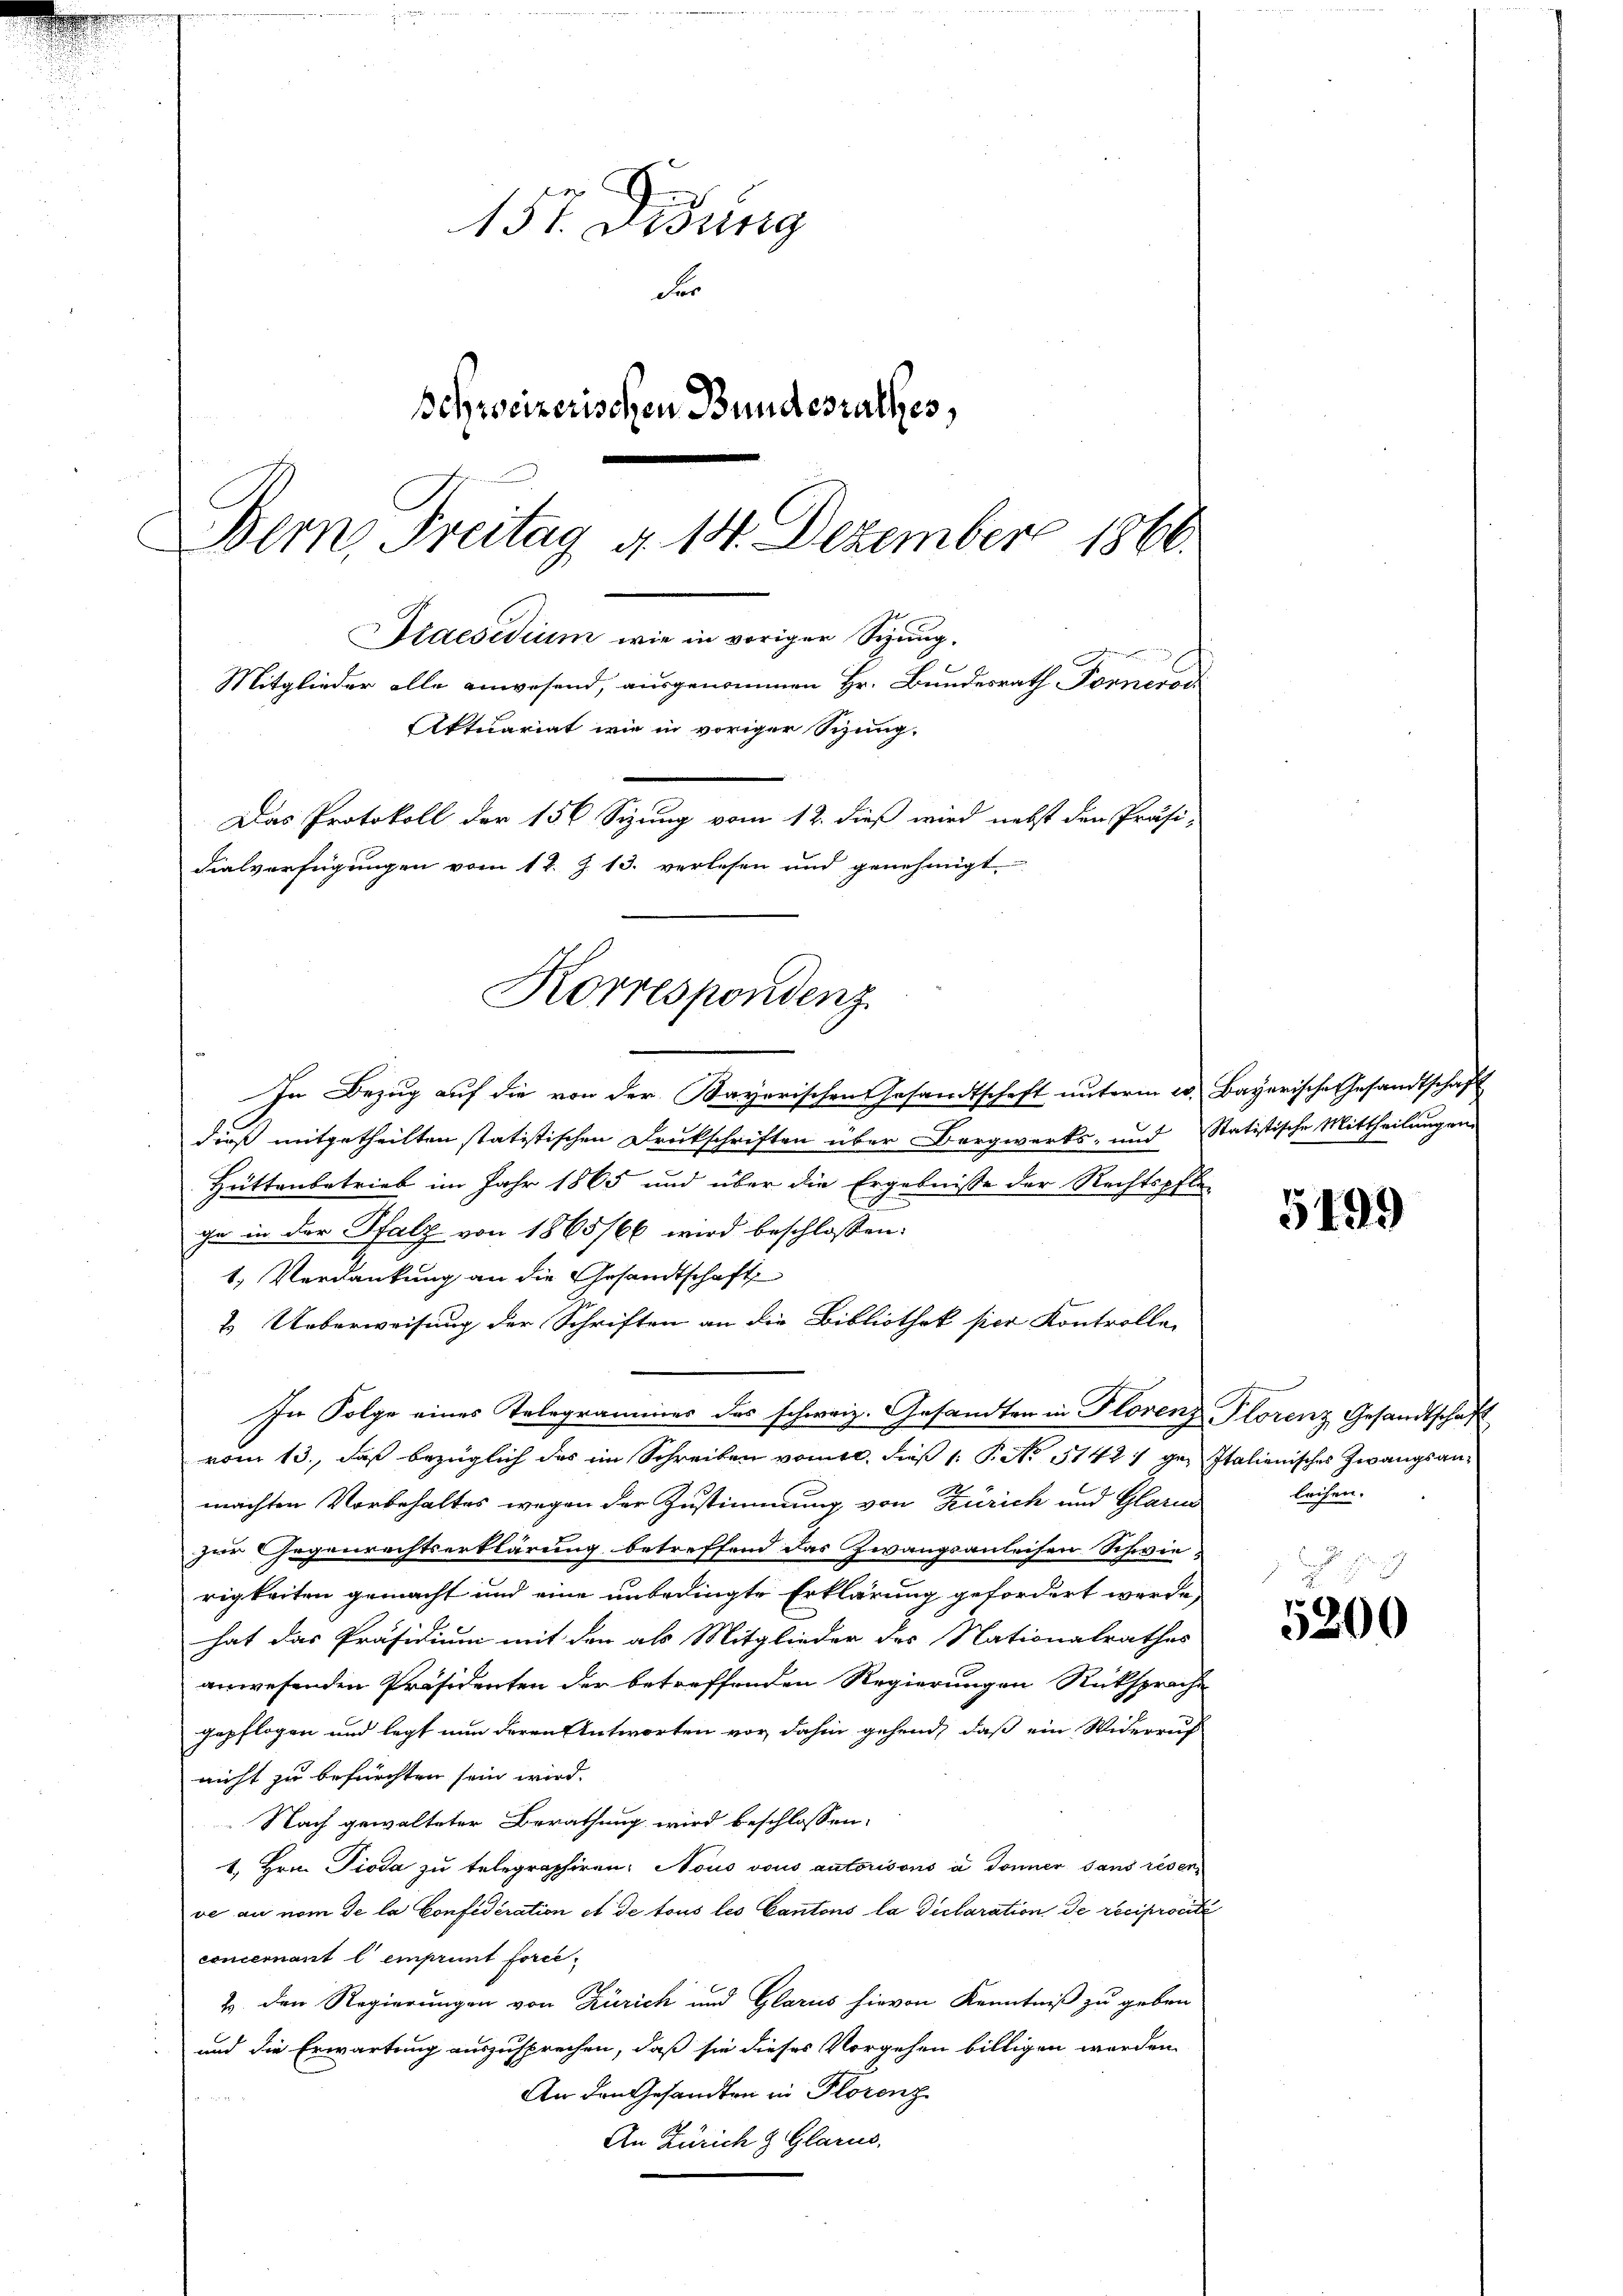
157. Didung
Fe
Schweizerischen Bundesrathes,
Bern Freitag d. 14. Dezember 1866.
Praesidium wie in voriger Sitzung.
Mitglieder alle anwesend, ausgenommen Hr. Bundesrath Forneren
Aktuariat wie in voriger Sizung.
Das Protokoll der 156 Sizung vom 12. dieß wird nebst den Präsi-
Fialverfügungen vom 17. Z. 13. verlesen und genehmigt

Korrespondenz

In Bezug auf die von der Bayerischen Gesandtschaft unterm 20. Bayerische Gesandtschaft
dieß mitgetheilten statistischen Druckschriften über Bergwerks- und Statistische Mittheilungen
Heittenbetrieb im Jahr 1865 und über die Ergebnisse der Rechtspfle-
ge in der Pfalz von 1865/66 wird beschlossen:
1.) Verdankung an die Gesandtschaft
2. Ueberweisung der Schriften an die Bibliothek hier Kontrolle
In Folge eines Telegrammes des schweiz. Gesandten in Florenz Plorenz Gesandtschaft
vom 13., daß bezüglich das im Schreiben vom 10. dieß 1 S. No 11427 gen Italienisches Zwangsanmachten Vorbehaltes wegen der Zustimmung von Zürich und Glarus
zur Gegenrechtserklärung betreffend das Zwangsanleisen Schwie-
rigkeiten gemacht und eine unbedingte Erklärung gefordert werde,
hat das Präsidium mit den als Mitglieder des Nationalrathes
anwesenden Präsidenten der betreffenden Regierungen Rücksprache
gepflogen und legt nun deren Antworten vor, dahin gehend, daß ein Widerruf
nicht zu befürchten sein wird.
Nach gewalteter Berathung wird beschlossen:
1. Hrn. Pioda zu telegraphiren: Nous vous autorisons à donner sans résen
ve an nom de la Confideration et de tous les Cantons la declaration de reciprocité
concernant l emprunt force¬
2
2. den Regierungen von Zürich und Glarus hievon Kenntniß zu geben
und die Erwartung auszusprechen, daß sie dieses Vorgehen billigen werden.
An den Gesandten in Florenz
An Zürich & Glarus,

5499

leihen.

5200